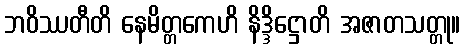
ဘဝိဿတီတိ နေမိတ္တကေဟိ နိဒ္ဒိဋ္ဌောတိ အဇာတသတ္တု။